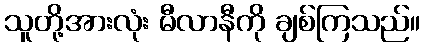
သူတို့အားလုံး မီလာနီကို ချစ်ကြသည်။